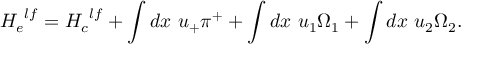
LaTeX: { H _ { e } } ^ { l f } = { H _ { c } } ^ { l f } + \int d x ~ u _ { + } \pi ^ { + } + \int d x ~ u _ { 1 } \Omega _ { 1 } + \int d x ~ u _ { 2 } \Omega _ { 2 } .